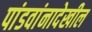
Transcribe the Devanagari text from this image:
पांडवांनादेखील